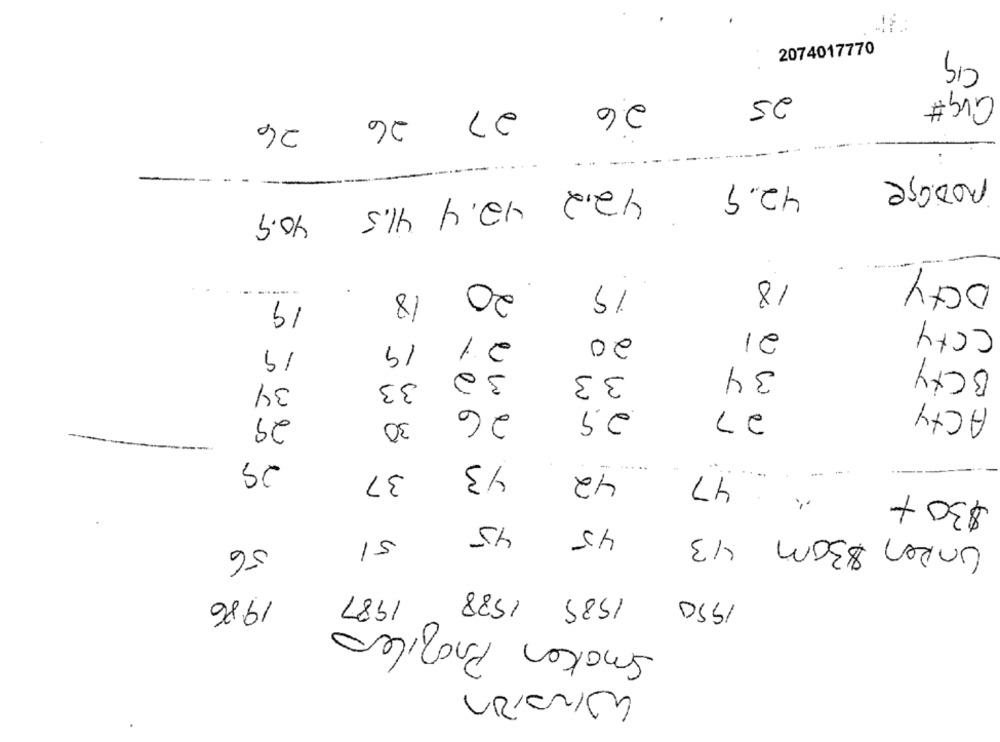
-
CIG
2074017770
25
26 27 26 26
noDage
42.9
42.2 42.4 41.5 40.9
Daty
18
20
19
18
19
City
21
21
20
19
19
BCxY
32
34
33
34
33
ACty
26
2.9
27
29
30
29
43
37
42
47
$30 +
45
45
UnRen 830m 43
51
56
1987
1989 1988
1986
1990
Smaken Profilero
Winston